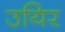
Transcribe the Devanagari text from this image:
उयिर